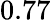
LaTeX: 0.77